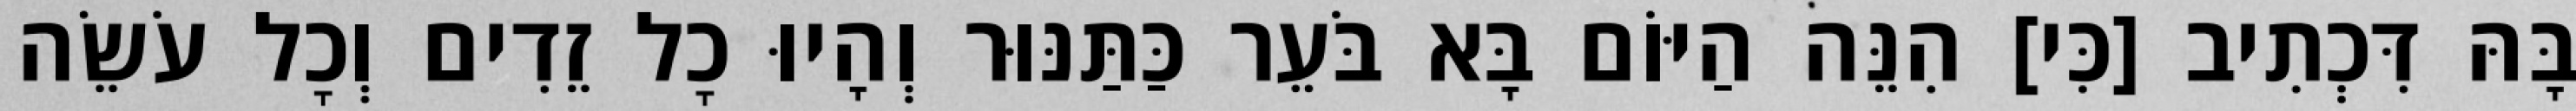
בָּהּ דִּכְתִיב [כִּי] הִנֵּה הַיּוֹם בָּא בֹּעֵר כַּתַּנּוּר וְהָיוּ כׇל זֵדִים וְכׇל עֹשֵׂה